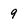
Character: 9